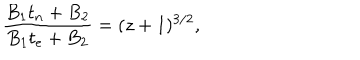
\frac { B _ { 1 } t _ { n } + B _ { 2 } } { B _ { 1 } t _ { e } + B _ { 2 } } = ( z + 1 ) ^ { 3 / 2 } ,